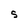
Character: S